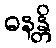
ဓနန္တိ